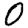
Digit: 0